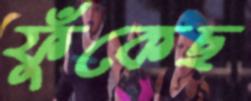
ফুঁকেছ